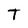
Character: T